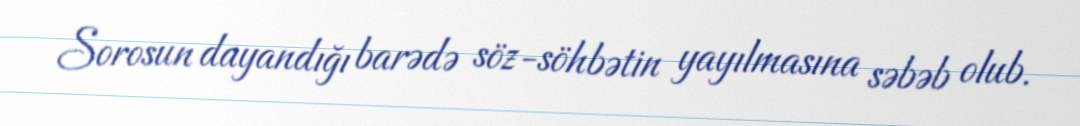
Sorosun dayandığı barədə söz-söhbətin yayılmasına səbəb olub.